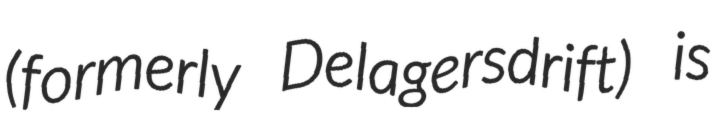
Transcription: (formerly Delagersdrift) is